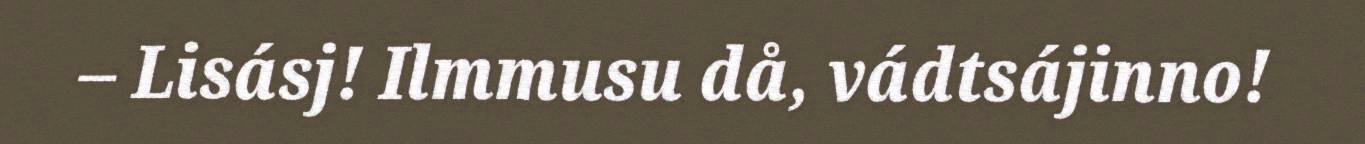
– Lisásj! Ilmmusu då, vádtsájinno!